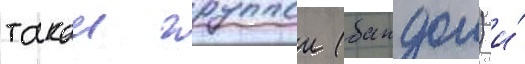
такои группои (бандои) и́